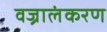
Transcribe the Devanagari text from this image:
वज्रालंकरण